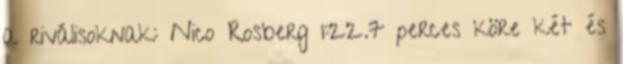
a riválisoknak: Nico Rosberg 1:22.7 perces köre két és